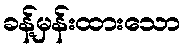
ခန့်မှန်းထားသော